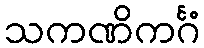
သကဏိကင်္ဂံ